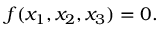
f ( x _ { 1 } , x _ { 2 } , x _ { 3 } ) = 0 .